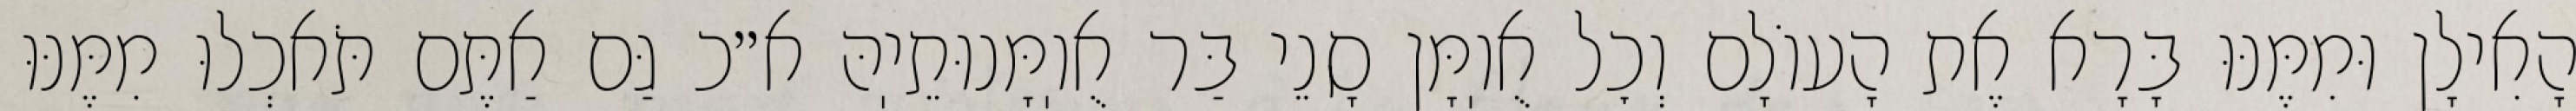
הָאִילָן וּמִמֶּנּוּ בָּרָא אֶת הָעוֹלָם וְכׇל אֻוֽמָּן סָנֵי בַּר אֻוֽמָּנוּתֵיֽהּ א״כ גַּם אַתֶּם תֹּאכְלוּ מִמֶּנּוּ